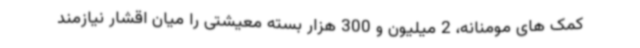
کمک های مومنانه، 2 میلیون و 300 هزار بسته معیشتی را میان اقشار نیازمند